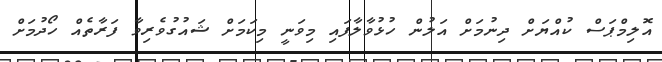
އޮލިމްޕަސް ކުއްޔަށް ދިނުމަށް އަލުން ހުޅުވާލާފައި މިވަނީ މިކަމަށް ޝައުގުވެރިވާ ފަރާތެއް ހޯދުމަށް